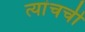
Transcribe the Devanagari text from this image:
त्यांचची